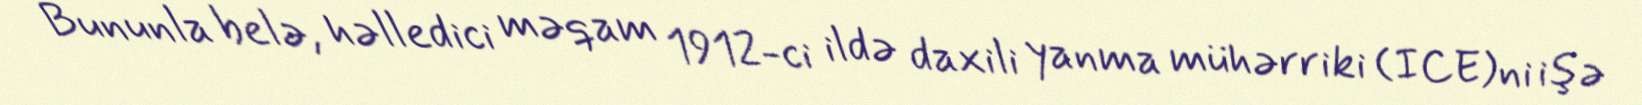
Bununla belə, həlledici məqam 1912-ci ildə daxili yanma mühərriki (ICE)ni işə